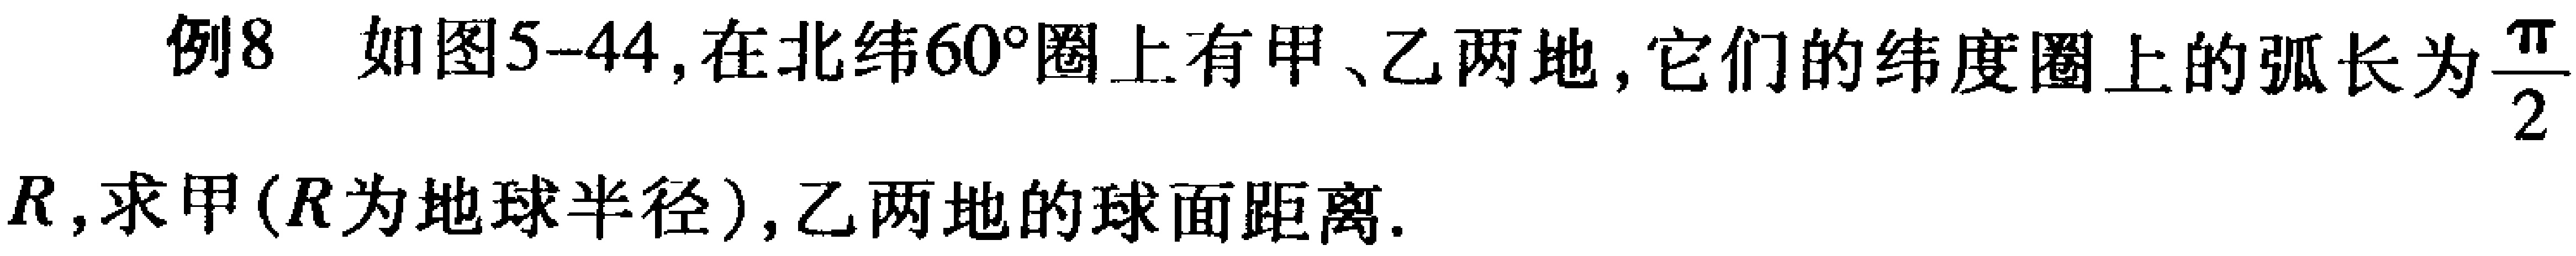
例8 如图5-44,在北纬\(60^{\circ}\)圈上有甲、乙两地,它们的纬度圈上的弧长为\(\frac{\pi}{2}R\),求甲(\(R\)为地球半径),乙两地的球面距离.